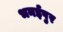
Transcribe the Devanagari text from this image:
भनईपुर